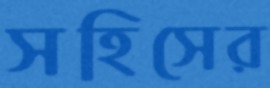
সহিসের